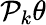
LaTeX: \mathcal{P}_{k}\theta